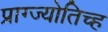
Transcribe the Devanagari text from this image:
प्राग्ज्योतिच्ह